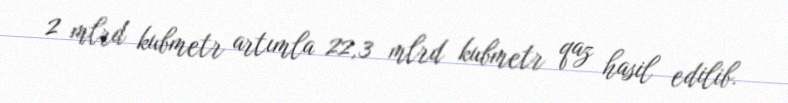
2 mlrd kubmetr artımla 22,3 mlrd kubmetr qaz hasil edilib.